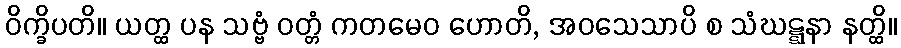
ဝိက္ခိပတိ။ ယတ္ထ ပန သဗ္ဗံ ဝတ္တံ ကတမေဝ ဟောတိ, အဝသေသာပိ စ သံဃဋ္ဋနာ နတ္ထိ။